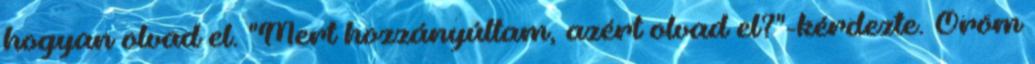
hogyan olvad el. "Mert hozzányúltam, azért olvad el?"-kérdezte. Öröm